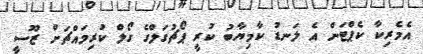
އެމެރިކާ ކެޕްޓަން އެ ލަނޑު ކާމިޔާބު ކުރީ ޕޯޗުގަލްގެ ގޯލް ކުރިމައްޗަށް ޒޫސީ